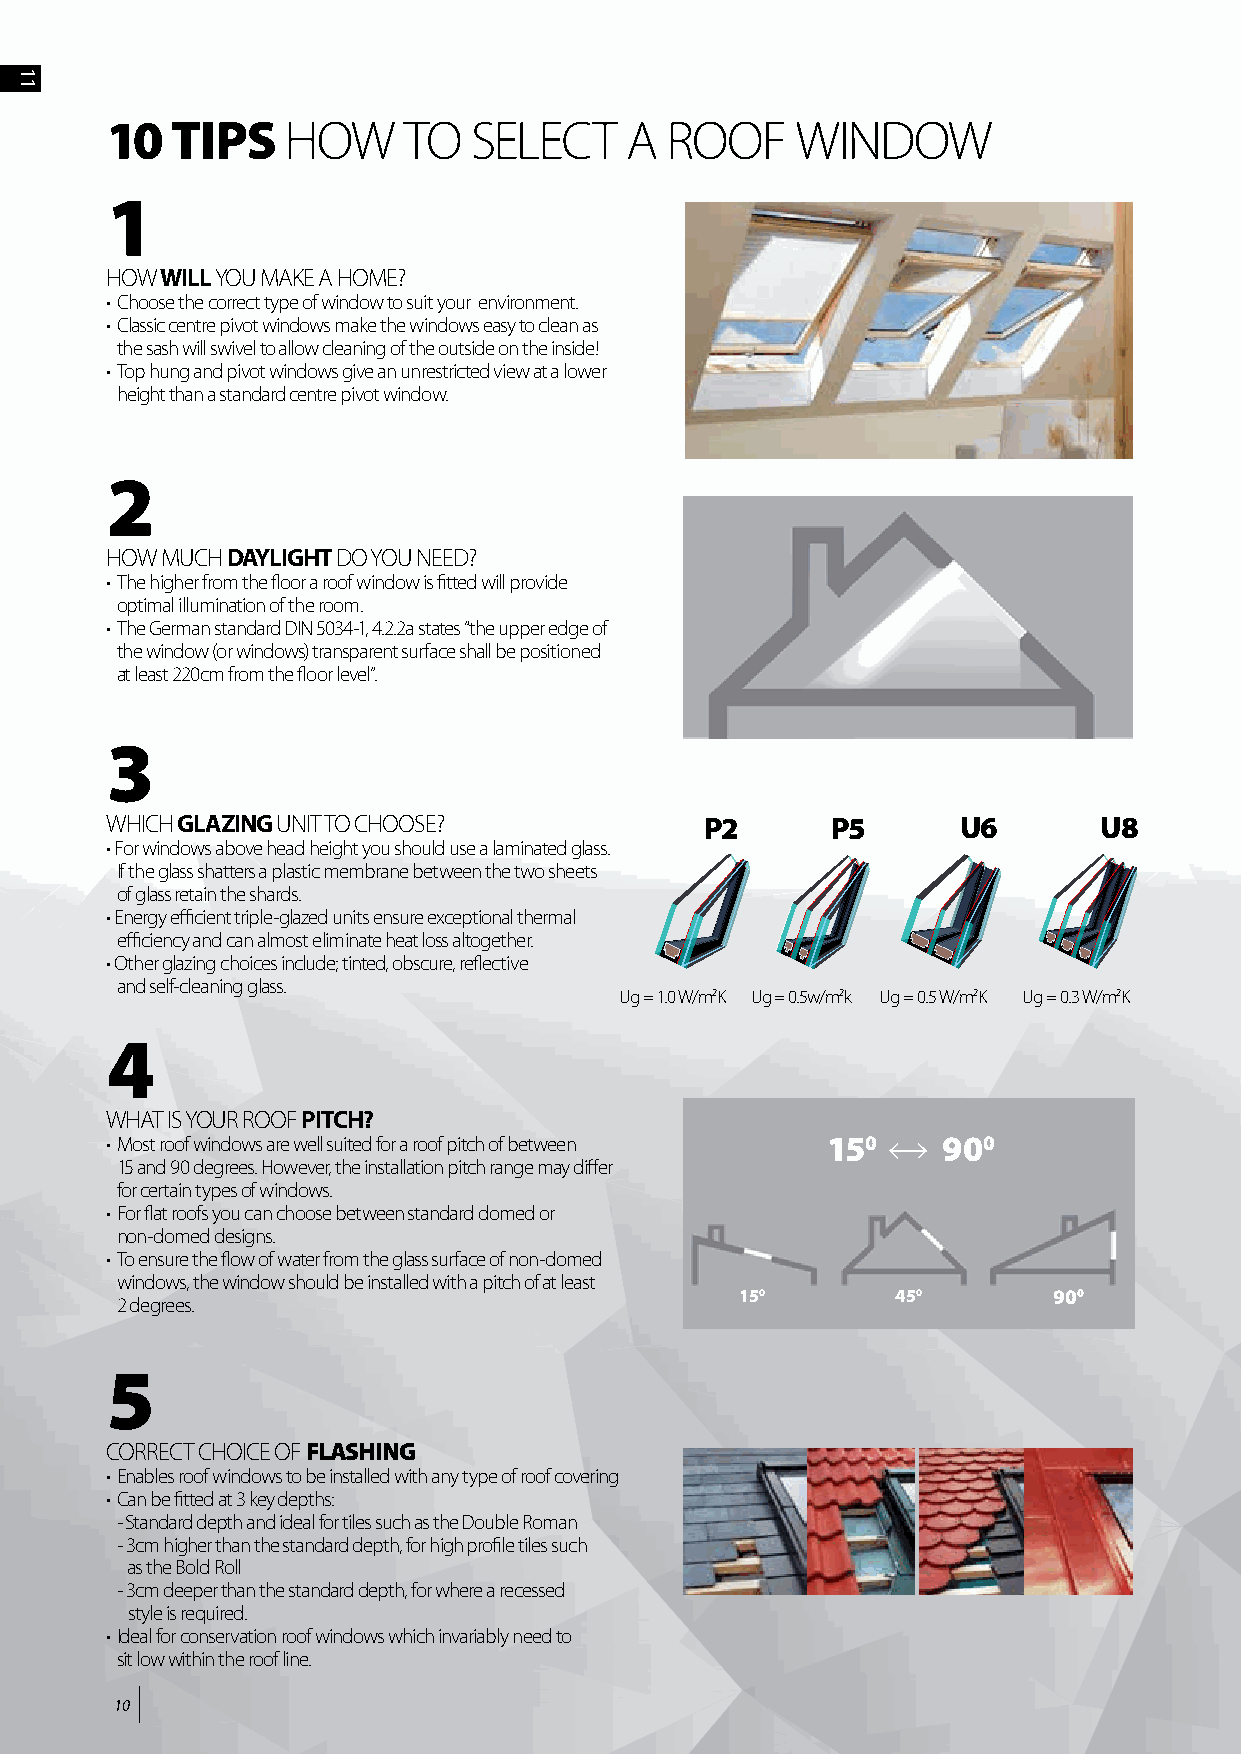
10  TIPS    HOW     TO  SELECT     A ROOF     WINDOW
 1
 HOW WILL YOU MAKE A HOME?
 • Choose the correct type of window to suit your environment.
 • Classic centre pivot windows make the windows easy to clean as
 the sash will swivel to allow cleaning of the outside on the inside!
 • Top hung and pivot windows give an unrestricted view at a lower
 height than a standard centre pivot window.
 2
 HOW MUCH DAYLIGHT DO YOU NEED?
 • The higher from the floor a roof window is fitted will provide
 optimal illumination of the room.
 • The German standard DIN 5034-1, 4.2.2a states “the upper edge of
 the window (or windows) transparent surface shall be positioned
 at least 220cm from the floor level”.
 3
 WHICH GLAZING UNIT TO CHOOSE?           P2      P5      U6        U8
 • For windows above head height you should use a laminated glass.
 If the glass shatters a plastic membrane between the two sheets
 of glass retain the shards.
 • Energy efficient triple-glazed units ensure exceptional thermal
 efficiency and can almost eliminate heat loss altogether.
 • Other glazing choices include; tinted, obscure, reflective
 and self-cleaning glass.
 Ug = 1.0 W/m2K Ug = 0.5w/m2k Ug = 0.5 W/m2K Ug = 0.3 W/m2K
 4
 WHAT IS YOUR ROOF PITCH?
 • Most roof windows are well suited for a roof pitch of between 150 900
 15 and 90 degrees. However, the installation pitch range may differ
 for certain types o f windows.
 • For flat roofs you can choose between standard domed or
 non-domed designs.
 • To ensure the flow of water from the glass surface of non-domed
 windows, the window should be installed with a pitch of at least
 150       450        900
 2 degrees.
 5
 CORRECT CHOICE OF FLASHING
 • Enables roof windows to be installed with any type of roof covering
 • Can be fitted at 3 key depths:
 - Standard depth and ideal for tiles such as the Double Roman
 - 3cm higher than the standard depth, for high profile tiles such
 as the Bold Roll
 - 3cm deeper than the standard depth, for where a recessed
 style is required.
 • Ideal for conservation roof windows which invariably need to
 sit low w ithin the roof line.
 10
 11